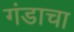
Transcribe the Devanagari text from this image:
गंडाचा